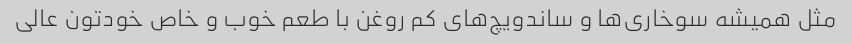
مثل همیشه سوخاری‌ها و ساندویچ‌های کم روغن با طعم خوب و خاص خودتون عالی